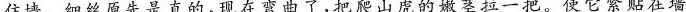
住墙。细丝原先是直的，现在弯曲了，把爬山虎的嫩茎拉一把。使它紧贴在墙